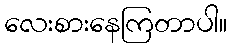
လေးစားနေကြတာပါ။